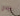
إيلاي